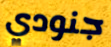
جنودي